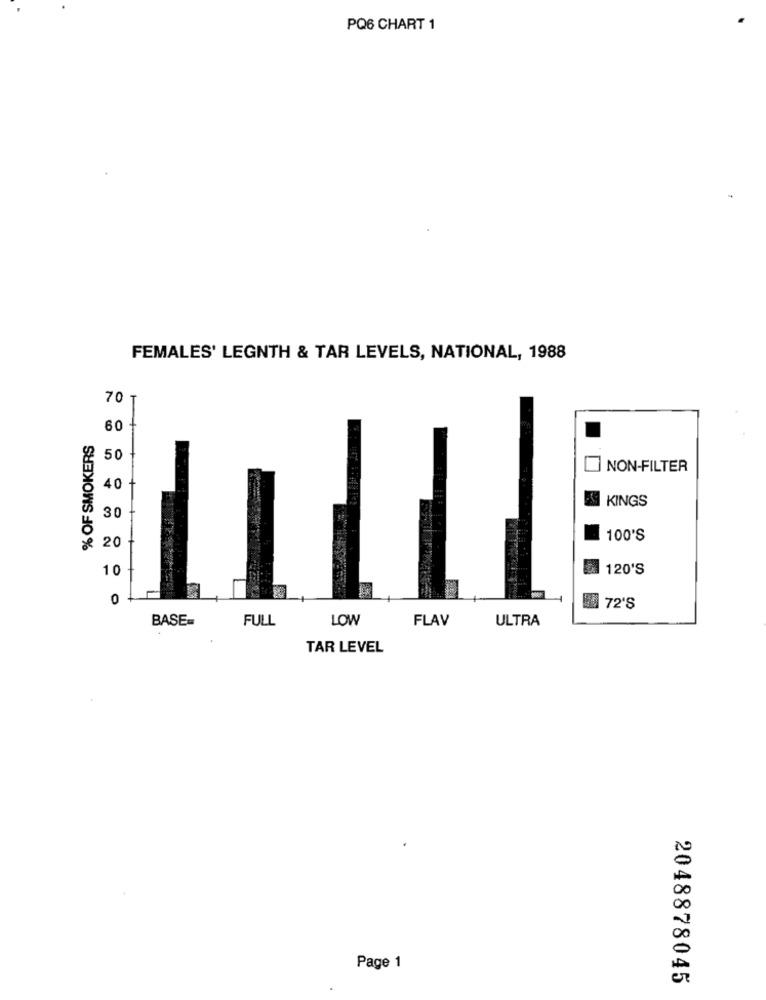
PQ6 CHART 1
FEMALES' LEGNTH & TAR LEVELS, NATIONAL, 1988
70 T
60
% OF SMOKERS
50
NON-FILTER
40
KINGS
30
100'S
20
10
120'S
0
72'S
BASE=
FULL
LOW
FLAV
ULTRA
TAR LEVEL
Page 1
2048878045